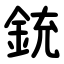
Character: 銃